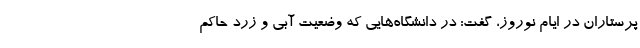
پرستاران در ایام نوروز، گفت: در دانشگاه‌هایی که وضعیت آبی و زرد حاکم